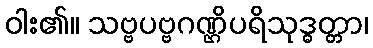
ဝါး၏။ သဗ္ဗပဗ္ဗဂဏ္ဌိပရိသုဒ္ဓတ္တာ၊